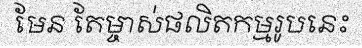
មែន តែម្ចាស់ផលិតកម្មរូបនេះ